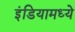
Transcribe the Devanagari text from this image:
इंडियामध्‍ये